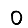
Digit: 0